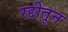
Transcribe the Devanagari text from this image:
रद्दीतून